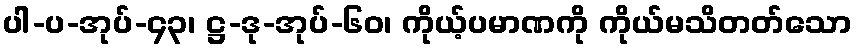
ပါ-ပ-အုပ်-၄၃၊ ဋ္ဌ-ဒု-အုပ်-၆၀၊ ကိုယ့်ပမာဏကို ကိုယ်မသိတတ်သော